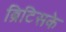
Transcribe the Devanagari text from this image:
ब्रिटिसके